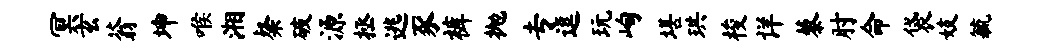
冥玄蓊坤喉湘粲破源拯逃豕裤抛专逗玩峋堪珙梭详藜肘命袋妓毓